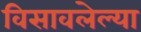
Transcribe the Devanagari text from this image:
विसावलेल्या